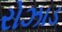
રોઝાડ